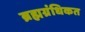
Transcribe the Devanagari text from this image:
ब्रह्मग्रंधिकत